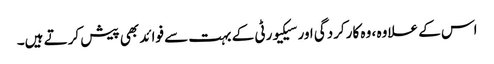
اس کے علاوہ ، وہ کارکردگی اور سیکیورٹی کے بہت سے فوائد بھی پیش کرتے ہیں۔